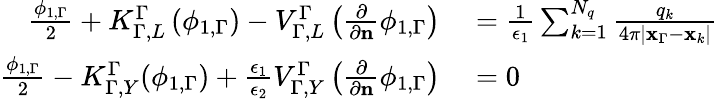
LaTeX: \begin{array}{rl}{\frac{\phi_{1,\Gamma}}{2}+K_{\Gamma,L}^{\Gamma}\left(\phi_{1,\Gamma}\right)-V_{\Gamma,L}^{\Gamma}\left(\frac{\partial}{\partial\mathbf{n}}\phi_{1,\Gamma}\right)}&{{}=\frac{1}{\epsilon_{1}}\sum_{k=1}^{N_{q}}\frac{q_{k}}{4\pi|\mathbf{x}_{\Gamma}-\mathbf{x}_{k}|}}\\ {\frac{\phi_{1,\Gamma}}{2}-K_{\Gamma,Y}^{\Gamma}(\phi_{1,\Gamma})+\frac{\epsilon_{1}}{\epsilon_{2}}V_{\Gamma,Y}^{\Gamma}\left(\frac{\partial}{\partial\mathbf{n}}\phi_{1,\Gamma}\right)}&{{}=0}\end{array}